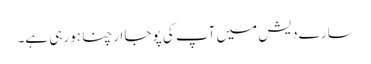
سارے دیش میں آپ کی پوجا ارچنا ہورہی ہے۔